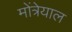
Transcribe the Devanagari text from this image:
मोंत्रेयाल